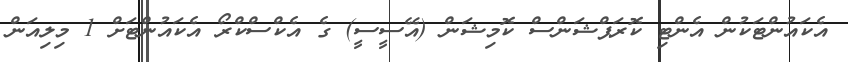
އެކައުންޓަކުން އެންޓި ކޮރަޕްޝަންސް ކޮމިޝަން (އޭސީސީ) ގެ އެކްސްކްރޯ އެކައުންޓަށް 1 މިލިއަން